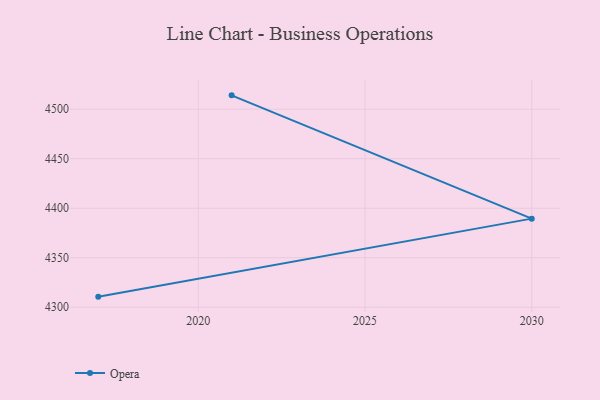
{"axis": {"x": "Year", "y": "Budget (USD K)"}, "legend": ["Opera"], "data": [{"x": "2021", "y": 4514.0, "type": "Opera"}, {"x": "2030", "y": 4389.5, "type": "Opera"}, {"x": "2017", "y": 4310.7, "type": "Opera"}]}